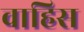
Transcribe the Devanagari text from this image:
वाहिस